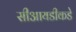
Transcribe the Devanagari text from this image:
सीआयडीकडे